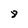
Character: 8